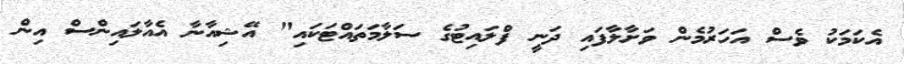
އެކަމަކު ވެސް އަހަރުމެން ވަށާލާފައި ދަނީ ފްލައިޓުގެ ސަލާމަތައްޓަކައި" އޭޝިއާނާ އެއާލައިންސް އިން